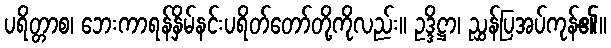
ပရိတ္တာစ၊ ဘေးကာရန်နှိမ်နင်းပရိတ်တော်တို့ကိုလည်း။ ဥဒ္ဒိဋ္ဌာ၊ ညွှန်ပြအပ်ကုန်၏။